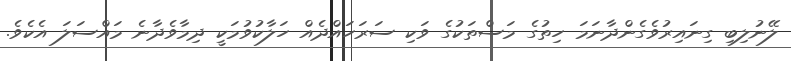
ލޭނުލިބި ގިނައިރުވެގެންދާނަމަ ހިތުގެ މަސްތަކުގެ ވަކި ސަރަހައްދެއް ހަލާކުވުމަކީ ދިމާވެދާނެ މައްސަލަ އެކެވެ.